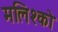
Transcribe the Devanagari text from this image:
मलिश्को